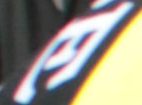
E